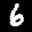
Label: 6